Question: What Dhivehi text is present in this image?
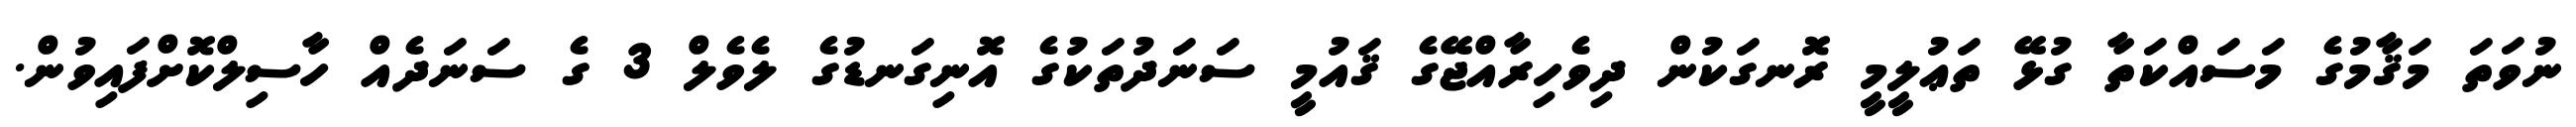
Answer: ނުވަތަ މަޤާމުގެ މަސައްކަތާ ގުޅޭ ތަޢުލީމީ ރޮނގަކުން ދިވެހިރާއްޖޭގެ ޤައުމީ ސަނަދުތަކުގެ އޮނިގަނޑުގެ ލެވެލް 3 ގެ ސަނަދެއް ހާސިލްކޮށްފައިވުން.